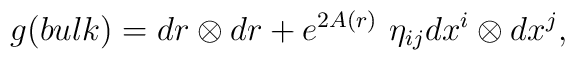
g(bulk) = dr\otimes dr + e^{2A(r)}\,\,\eta_{ij}dx^i\otimes dx^j,